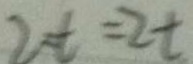
2 t = 2 t